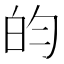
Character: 𬐄